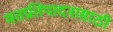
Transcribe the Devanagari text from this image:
मतप्रतिपादनासाठी